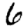
Digit: 6